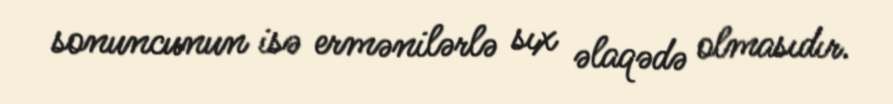
sonuncunun isə ermənilərlə sıx əlaqədə olmasıdır.